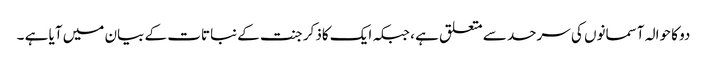
دو کا حوالہ آسمانوں کی سرحد سے متعلق ہے ، جبکہ ایک کاذکر جنت کے نباتات کے بیان میں آیا ہے ۔